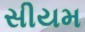
સીયમ